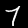
Label: 7